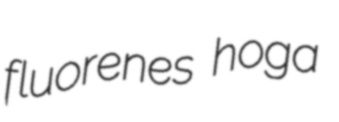
fluorenes hoga